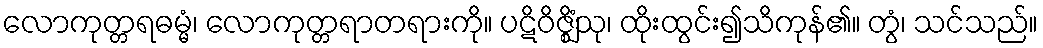
လောကုတ္တရဓမ္မံ၊ လောကုတ္တရာတရားကို။ ပဋိဝိဇ္ဈိံသု၊ ထိုးထွင်း၍သိကုန်၏။ တွံ၊ သင်သည်။